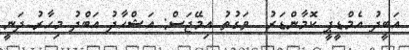
އަބީދު އެމްޑީޕީ ކޮމާންޑަރު  ވަގުތު އިމޭޖަސް: އަޝްހާދު އަބްދު މިހާރު ދަނީ